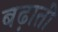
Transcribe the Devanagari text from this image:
बढ़ातीं